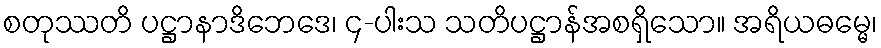
စတုဿတိ ပဋ္ဌာနာဒိဘေဒေ၊ ၄-ပါးသ သတိပဋ္ဌာန်အစရှိသော။ အရိယဓမ္မေ၊